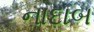
નાદાબ